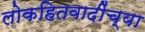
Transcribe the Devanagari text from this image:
लोकहितवादींच्या